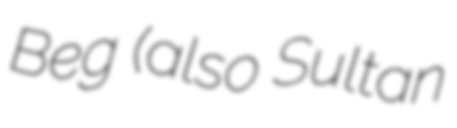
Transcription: Beg (also Sultan